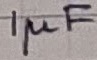
Text: 1µF